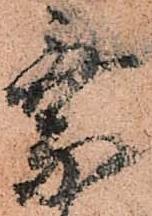
乗